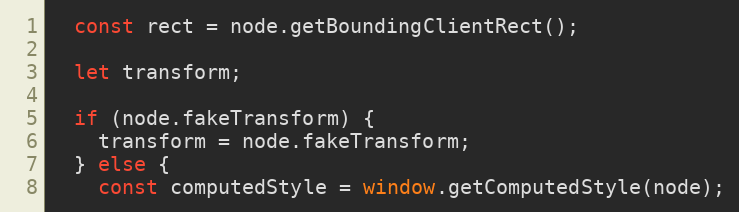
Language: JavaScript
  const rect = node.getBoundingClientRect();

  let transform;

  if (node.fakeTransform) {
    transform = node.fakeTransform;
  } else {
    const computedStyle = window.getComputedStyle(node);